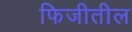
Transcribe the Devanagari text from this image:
फिजीतील